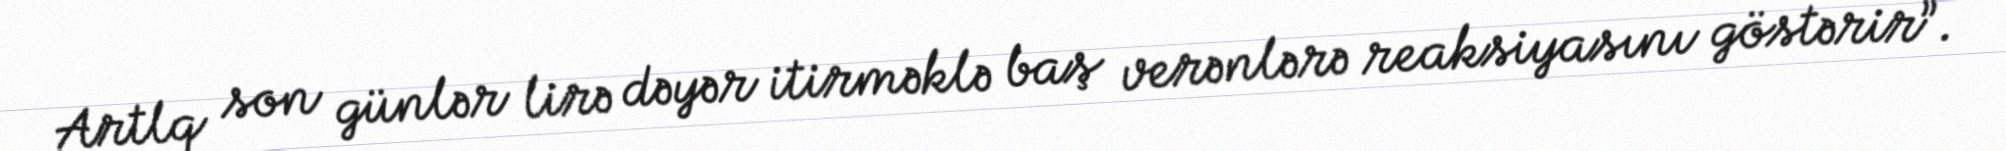
Artlq son günlər lirə dəyər itirməklə baş verənlərə reaksiyasını göstərir”.